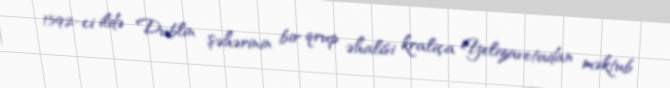
1592-ci ildə Dublin şəhərinin bir qrup əhalisi kraliça Yelizavetadan məktub